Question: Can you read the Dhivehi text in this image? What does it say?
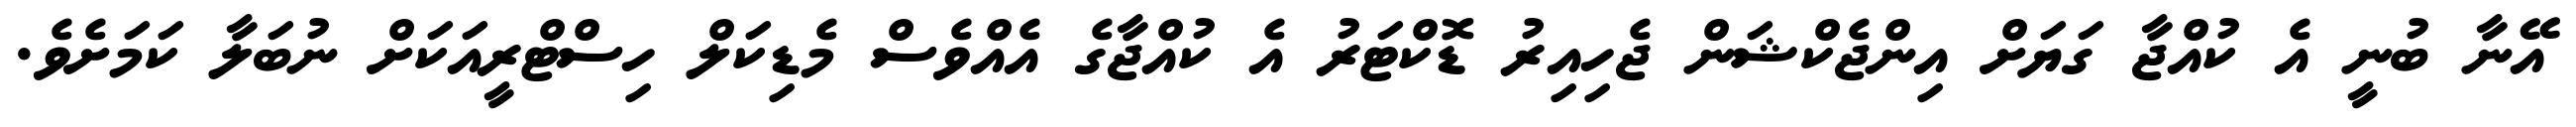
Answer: އޭނާ ބުނީ އެ ކުއްޖާ ގަޔަށް އިންޖެކްޝަން ޖެހިއިރު ޑޮކްޓަރު އެ ކުއްޖާގެ އެއްވެސް މެޑިކަލް ހިސްޓްރީއަކަށް ނުބަލާ ކަމަށެވެ.